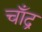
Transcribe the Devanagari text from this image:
चाँद्र